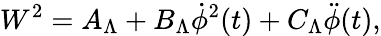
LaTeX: W^{2}=A_{\Lambda}+B_{\Lambda}\dot{\phi}^{2}(t)+C_{\Lambda}\ddot{\phi}(t),